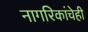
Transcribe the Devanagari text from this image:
नागरिकांचेही